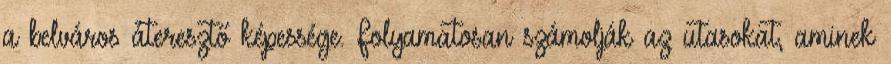
a belváros áteresztő képessége. Folyamatosan számolják az utasokat, aminek